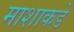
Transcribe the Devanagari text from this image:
माशाकडे